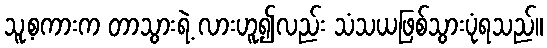
သူ့စကားက တာသွားရဲ့ လားဟူ၍လည်း သံသယဖြစ်သွားပုံရသည်။